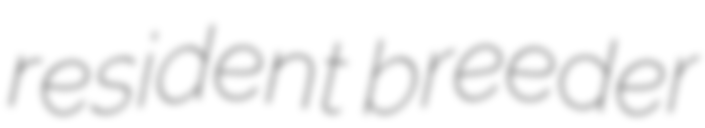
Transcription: resident breeder